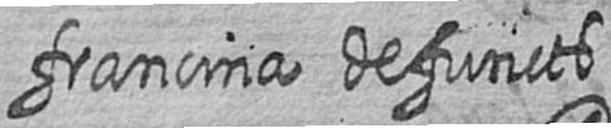
francina defuncts